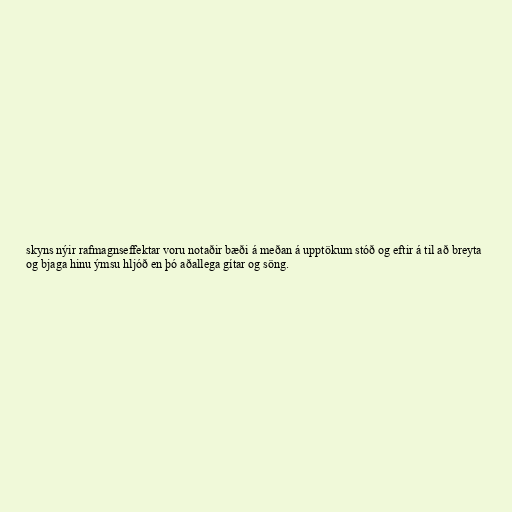
skyns nýir rafmagnseffektar voru notaðir bæði á meðan á upptökum stóð og eftir á til að breyta
og bjaga hinu ýmsu hljóð en þó aðallega gítar og söng.